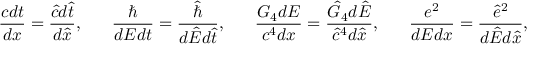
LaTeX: { \frac { c d t } { d x } } = { \frac { \hat { c } d \hat { t } } { d \hat { x } } } , \ \ \ \ \ { \frac { \hbar } { d E d t } } = { \frac { \hat { \hbar } } { d \hat { E } d \hat { t } } } , \ \ \ \ \ { \frac { G _ { 4 } d E } { c ^ { 4 } d x } } = { \frac { \hat { G } _ { 4 } d \hat { E } } { \hat { c } ^ { 4 } d \hat { x } } } , \ \ \ \ \ { \frac { e ^ { 2 } } { d E d x } } = { \frac { \hat { e } ^ { 2 } } { d \hat { E } d \hat { x } } } ,